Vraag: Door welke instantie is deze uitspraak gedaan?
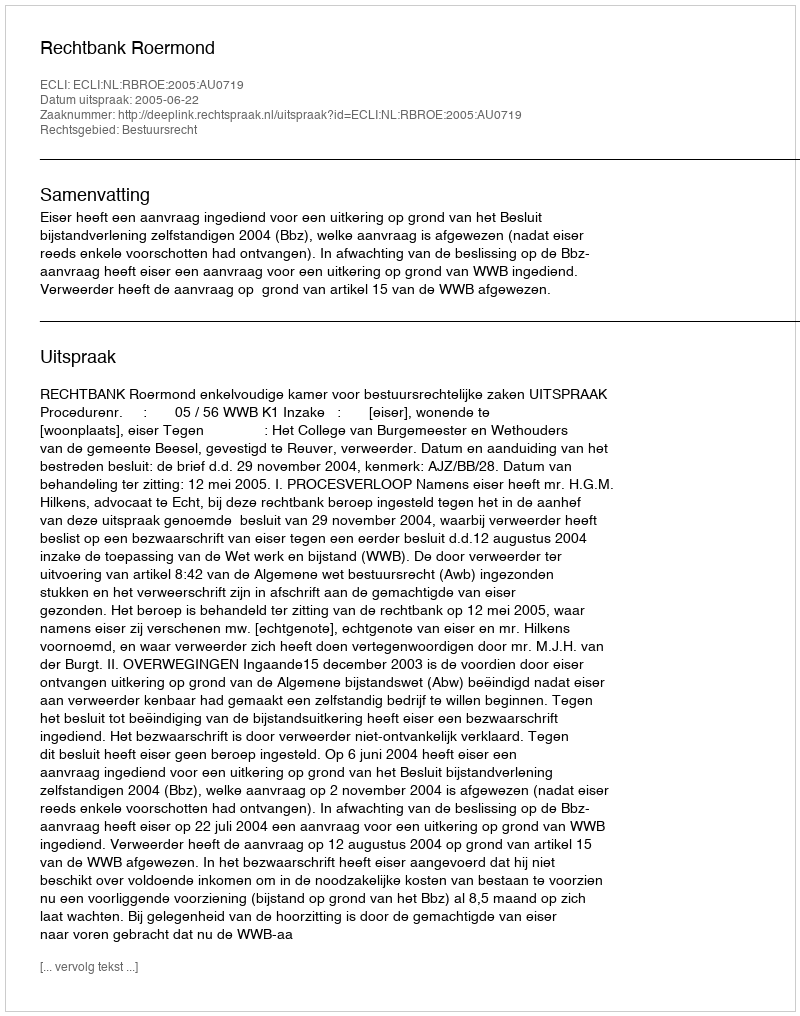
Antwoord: Rechtbank Roermond